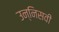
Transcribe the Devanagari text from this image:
उन्निसवी